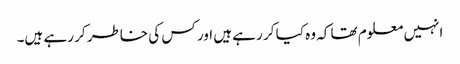
انہیں معلوم تھا کہ وہ کیا کر رہے ہیں اور کس کی خاطر کر رہے ہیں۔